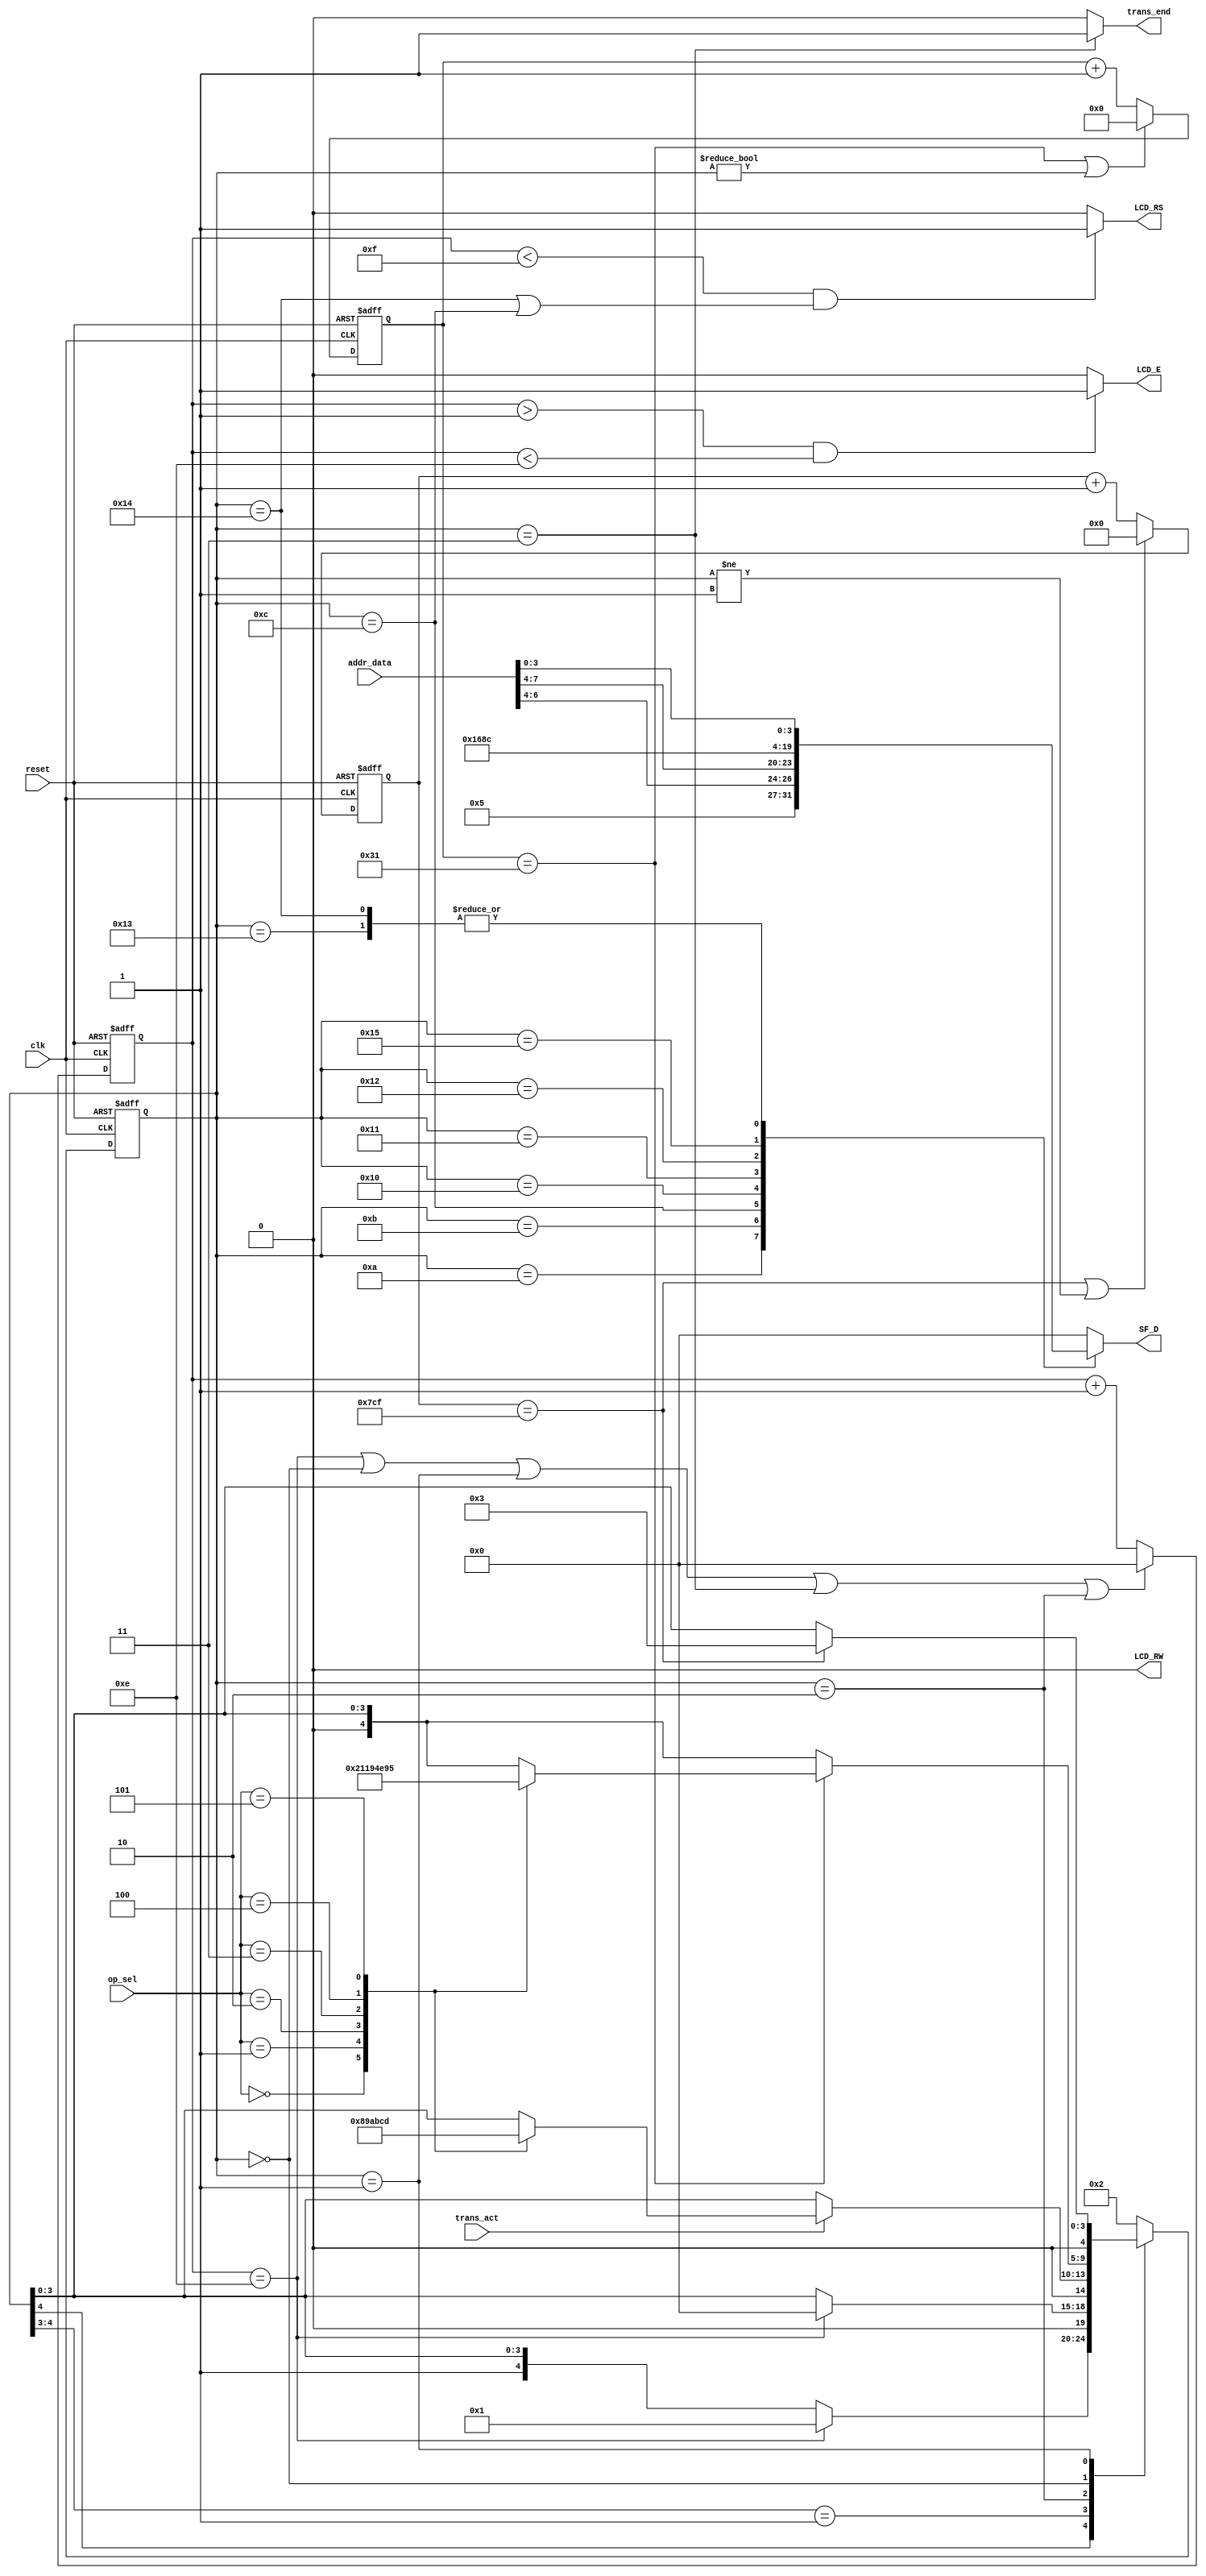
`timescale 1ns / 1ps
//////////////////////////////////////////////////////////////////////////////////
// Company: ---
//
// Design Name:  -----
// Module Name:   Fsm Ops Unit
// Project Name: LCD Driver Lab04 Project
// Target Devices: FPGA Spartan 3E
// Tool versions: -----
// Description:
//
// Dependencies:
//
// Revision:
// Revision 0.01 - File Created
// Additional Comments:
//
//////////////////////////////////////////////////////////////////////////////////
module fsm_ops_unit (clk,reset,trans_act,trans_end,op_sel,addr_data,LCD_RS,LCD_RW,LCD_E,SF_D);
input clk,reset,trans_act;
input [2:0] op_sel;
input [7:0] addr_data;

output LCD_RW,LCD_E,LCD_RS,trans_end;//LCD control signals
output reg [3:0] SF_D;

//Counters to be used
reg [3:0] op_counter;
reg [5:0] del_op_counter;
reg [10:0] del_max_counter;

//state reg
reg [4:0] state;

//Selection of Ops (Input from op_sel)
parameter   CLEAR_DISPLAY = 3'b000,
				ENTRY_MODE_SET = 3'b001,
				FUNCTION_SET = 3'b010,
				SET_DDRAM_ADDRESS = 3'b011,
				WRITE_DATA_TO_DDRAM  = 3'b100,
				DISPLAY_ON_OFF = 3'b101;

            //UPPER OP STATES
parameter   UPPER_CLEAR_DISPLAY = 5'b01000,
				UPPER_ENTRY_MODE_SET = 5'b01001,
				UPPER_FUNCTION_SET = 5'b01010,
				UPPER_SET_DDRAM_ADDRESS = 5'b01011,
				UPPER_WRITE_DATA_TO_DDRAM  = 5'b01100,
				UPPER_DISPLAY_ON_OFF = 5'b01101;
				//LOWER OP STATES
parameter   LOWER_CLEAR_DISPLAY = 5'b10000,
				LOWER_ENTRY_MODE_SET = 5'b10001,
				LOWER_FUNCTION_SET = 5'b10010,
				LOWER_SET_DDRAM_ADDRESS = 5'b10011,
				LOWER_WRITE_DATA_TO_DDRAM  = 5'b10100,
				LOWER_DISPLAY_ON_OFF = 5'b10101;

				//EXTRA STATES
parameter   DELAY_1 = 5'b00000,
				DELAY_2 = 5'b00001,
				IDLE = 5'b00010,
				TRANS_END = 5'b00011;

//counter for LCD Enable
//The values are 0-40ns LCD->0
//as follows     40-280ns LCD->1
//					  280-300ns LCD->0
//So we need 15 cycles and 4-bit counter(300ns/20ns = 15)
always @(posedge clk or posedge reset) begin
  if(reset==1)
    op_counter<=0;
  else if(op_counter==14 || state==DELAY_1 || state==DELAY_2 ||state==TRANS_END ||state==IDLE) //max value 15 cycles
    op_counter<=0;
  else
    op_counter<=op_counter+1;
end

//Counter for 1s delay between upper and lower bits
//Counter Size is 6 bits (1s/20ns = 50 cycles)
always @(posedge clk or posedge reset) begin
  if(reset==1)
    del_op_counter<=0;
  else if(del_op_counter==49 || state!=DELAY_1)//max value 50cycles
    del_op_counter<=0;
  else
    del_op_counter<=del_op_counter+1;
end

//Counter for 40s delay for the assignment of next op
//Counter Size is 11 bits (40s/20ns = 2000 cycles)
always @(posedge clk or posedge reset) begin
  if(reset==1)
    del_max_counter<=0;
  else if(del_max_counter==1999 || state!=DELAY_2)//max value 2000cycles
    del_max_counter<=0;
  else
    del_max_counter<=del_max_counter+1;
end

//State Machine state handling
always @(posedge clk or posedge reset) begin
  if(reset==1)
    state<=IDLE;
  else begin
		casex(state)
		 5'b1xxxx://LOWER OPS STATES
			if(op_counter==14)
			   state<=DELAY_2;
	    5'b01xxx://UPPER OPS STATES
			if(op_counter==14)
				state<=DELAY_1;
		 IDLE://Idle state gets the trigers and chooses which op to move on to
			if(trans_act==1) begin
			  case(op_sel)
				 CLEAR_DISPLAY:state<=UPPER_CLEAR_DISPLAY;
				 ENTRY_MODE_SET:state<=UPPER_ENTRY_MODE_SET;
				 FUNCTION_SET:state<=UPPER_FUNCTION_SET;
				 SET_DDRAM_ADDRESS:state<=UPPER_SET_DDRAM_ADDRESS;
				 WRITE_DATA_TO_DDRAM:state<=UPPER_WRITE_DATA_TO_DDRAM;
				 DISPLAY_ON_OFF:state<=UPPER_DISPLAY_ON_OFF;
			  endcase
			end
		 DELAY_1://from delay we branch out again to the lower op bits
			if(del_op_counter==49) begin
			  case(op_sel)
				 CLEAR_DISPLAY:state<=LOWER_CLEAR_DISPLAY;
				 ENTRY_MODE_SET:state<=LOWER_ENTRY_MODE_SET;
				 FUNCTION_SET:state<=LOWER_FUNCTION_SET;
				 SET_DDRAM_ADDRESS:state<=LOWER_SET_DDRAM_ADDRESS;
				 WRITE_DATA_TO_DDRAM:state<=LOWER_WRITE_DATA_TO_DDRAM;
				 DISPLAY_ON_OFF:state<=LOWER_DISPLAY_ON_OFF;
			  endcase
			end
		  DELAY_2://we go to intermediate state TRANS_END
			 if(del_max_counter==1999)
				state<=TRANS_END;
		  TRANS_END://state where we let the main we finished
				state<=IDLE;
		  default:state<=IDLE;
		endcase
	end
end

//State Machine outputs for every state
always @(state or addr_data) begin

  case(state)
    //SPECIAL STATES
    IDLE: SF_D = 4'b0000;
	 DELAY_1: SF_D = 4'b0000;
	 DELAY_2: SF_D = 4'b0000;
	 TRANS_END: SF_D = 4'b0000;
	 //UPPER OP STATES
	 UPPER_CLEAR_DISPLAY: SF_D = 4'b0000;
	 UPPER_ENTRY_MODE_SET:SF_D = 4'b0000;
	 UPPER_FUNCTION_SET:SF_D = 4'b0010;
	 UPPER_DISPLAY_ON_OFF:SF_D = 4'b0000;
	 UPPER_SET_DDRAM_ADDRESS:SF_D = {1'b1,addr_data[6:4]};
	 UPPER_WRITE_DATA_TO_DDRAM:SF_D = addr_data[7:4];
	 /////LOWER OP STATES
	 LOWER_CLEAR_DISPLAY:SF_D = 4'b0001;
	 LOWER_ENTRY_MODE_SET:SF_D = 4'b0110;
	 LOWER_FUNCTION_SET:SF_D = 4'b1000;
	 LOWER_DISPLAY_ON_OFF:SF_D = 4'b1100;
	 LOWER_SET_DDRAM_ADDRESS:SF_D = addr_data[3:0];
	 LOWER_WRITE_DATA_TO_DDRAM:SF_D = addr_data[3:0];
	 default: SF_D = 4'b0000;
  endcase
end

//**Control Signals**

//** Read/Write signal always high except when we are sending the upper or lower op command
assign LCD_RW = 1'b0;

//** Register Select signal ,only high during sending upper/lower data to DDRAM
assign LCD_RS = (op_counter <15 && ( state==LOWER_WRITE_DATA_TO_DDRAM || state==UPPER_WRITE_DATA_TO_DDRAM))?1'b1:1'b0;

//** LCD Enable signal,active for a specific time
assign LCD_E = (op_counter>1 && op_counter <14)?1'b1:1'b0;

//Handshake signal for the main FSM
//When high the Mom Fsm knows we are done
assign trans_end = (state==TRANS_END)?1'b1:1'b0;

endmodule